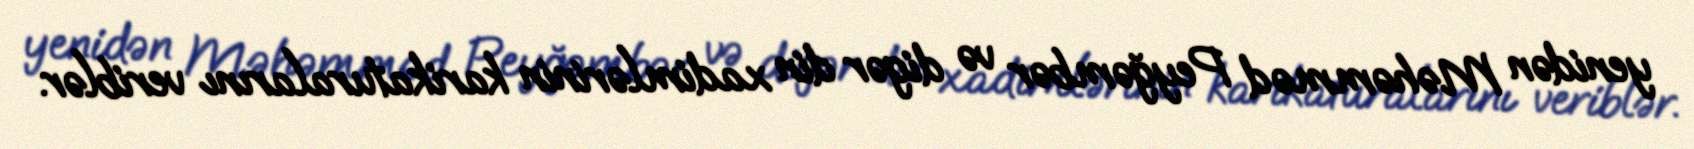
yenidən Məhəmməd Peyğəmbər və digər din xadimlərinin karikaturalarını veriblər.